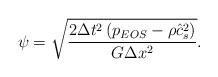
LaTeX: \begin{align*}\psi = \sqrt {\frac{{2\Delta {t^2}\left( {{p_{EOS}} - \rho \hat c_s^2} \right)}}{{G\Delta {x^2}}}} .\end{align*}